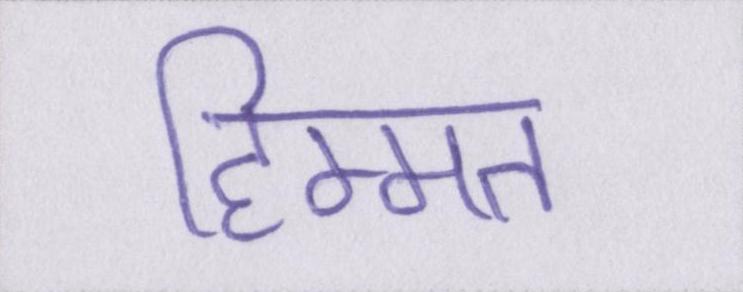
हिम्मत